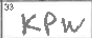
Transcription: KPW